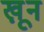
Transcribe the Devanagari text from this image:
खू़न